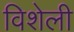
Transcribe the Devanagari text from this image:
विशेली